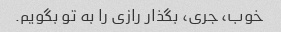
خوب، جری، بگذار رازی را به تو بگویم.